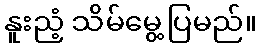
နူးညံ့ သိမ်မွေ့ပြမည်။